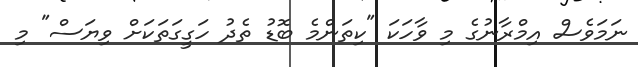
ނަމަވެސް އިމްރާނުގެ މި ވާހަކަ "ކިތަންމެ ބޮޑު ތެދު ހަގީގަތަކަށް ވިޔަސް" މި